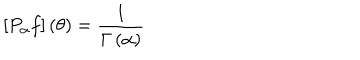
[ P _ { \alpha } f ] \left( \theta \right) = \frac { 1 } { \Gamma \left( \alpha \right) }